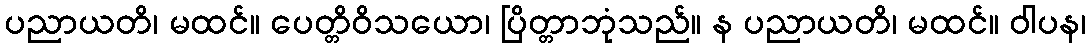
ပညာယတိ၊ မထင်။ ပေတ္တိဝိသယော၊ ပြိတ္တာဘုံသည်။ န ပညာယတိ၊ မထင်။ ဝါပန၊